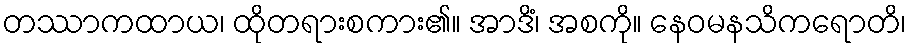
တဿာကထာယ၊ ထိုတရားစကား၏။ အာဒိံ၊ အစကို။ နေဝမနသိကရောတိ၊